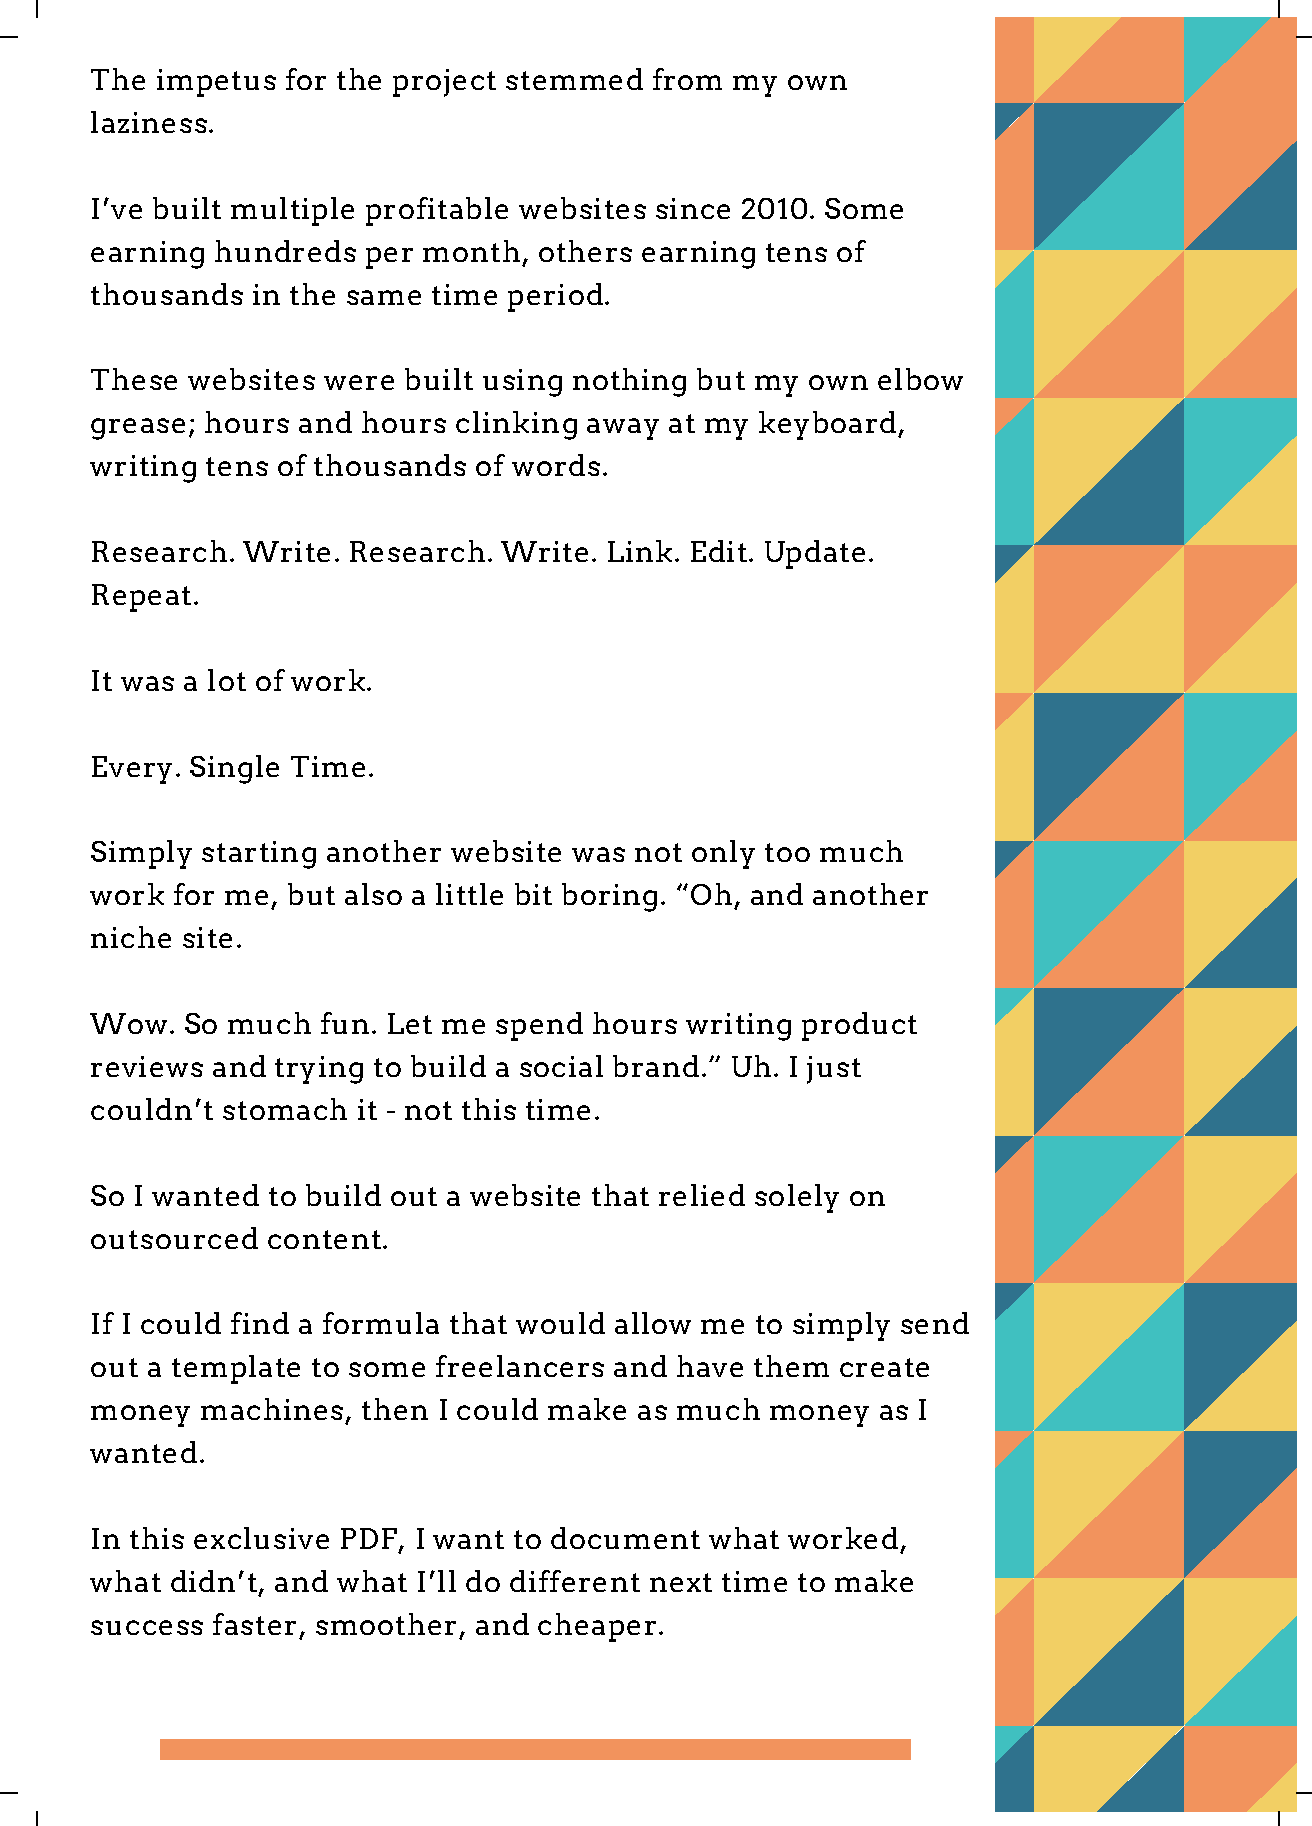
The impetus  for the project stemmed from my  own
 laziness.
 I’ve built multiple profitable websites since 2010. Some
 earning hundreds  per month,  others earning tens of
 thousands  in the same time period.
 These websites were  built using nothing but my own elbow
 grease; hours and hours clinking away at my keyboard,
 writing tens of thousands of words.
 Research. Write. Research. Write. Link. Edit. Update.
 Repeat.
 It was a lot of work.
 Every. Single Time.
 Simply starting another website was not only too much
 work for me, but also a little bit boring. “Oh, and another
 niche site.
 Wow.  So much  fun. Let me spend hours writing product
 reviews and trying to build a social brand.” Uh. I just
 couldn’t stomach  it - not this time.
 So I wanted to build out a website that relied solely on
 outsourced  content.
 If I could find a formula that would allow me to simply send
 out a template to some freelancers and have them  create
 money  machines,  then I could make as much  money  as I
 wanted.
 In this exclusive PDF, I want to document what worked,
 what didn’t, and what I’ll do different next time to make
 success faster, smoother, and cheaper.